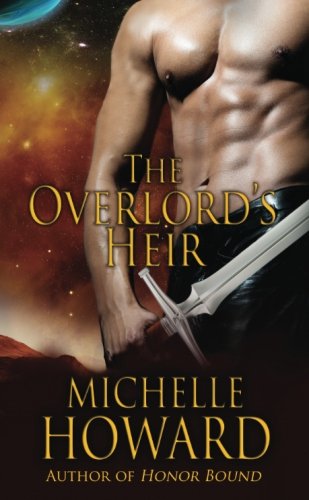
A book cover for The Overlord's Heir; Michelle Howard; Romance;